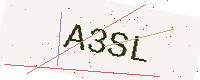
Text: A3SL